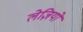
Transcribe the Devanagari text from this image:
लेज़ियो